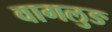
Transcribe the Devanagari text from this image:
वागलुङ